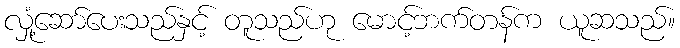
လှုံ့ဆော်ပေးသည်နှင့် တူသည်ဟု မောင့်ဘက်တန်က ယူဆသည်။